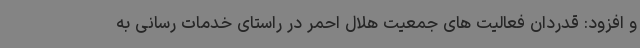
و افزود: قدردان فعالیت های جمعیت هلال احمر در راستای خدمات رسانی به